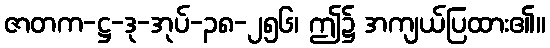
ဇာတက-ဋ္ဌ-ဒု-အုပ်-၃၈-၂၅၆၊ ဤ၌ အကျယ်ပြထား၏။